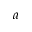
a